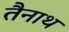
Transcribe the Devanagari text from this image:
तैनाथ